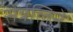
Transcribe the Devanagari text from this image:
सेर्त्रलिने